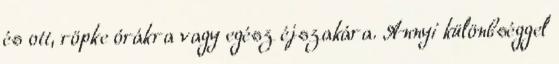
és ott, röpke órákra vagy egész éjszakára. Annyi különbséggel